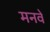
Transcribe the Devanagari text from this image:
मनवे